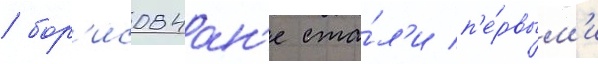
/ бор'исовчан'е ста́л'и п'е́рвым'и